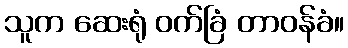
သူက ဆေးရုံ ဝက်ခြံ တာဝန်ခံ။